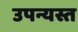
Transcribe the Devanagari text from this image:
उपन्यस्त